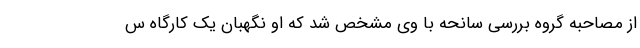
از مصاحبه گروه بررسی سانحه با وی مشخص شد که او نگهبان یک کارگاه س